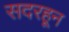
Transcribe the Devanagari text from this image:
सदरहून